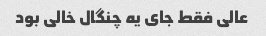
عالی فقط جای یه چنگال خالی بود